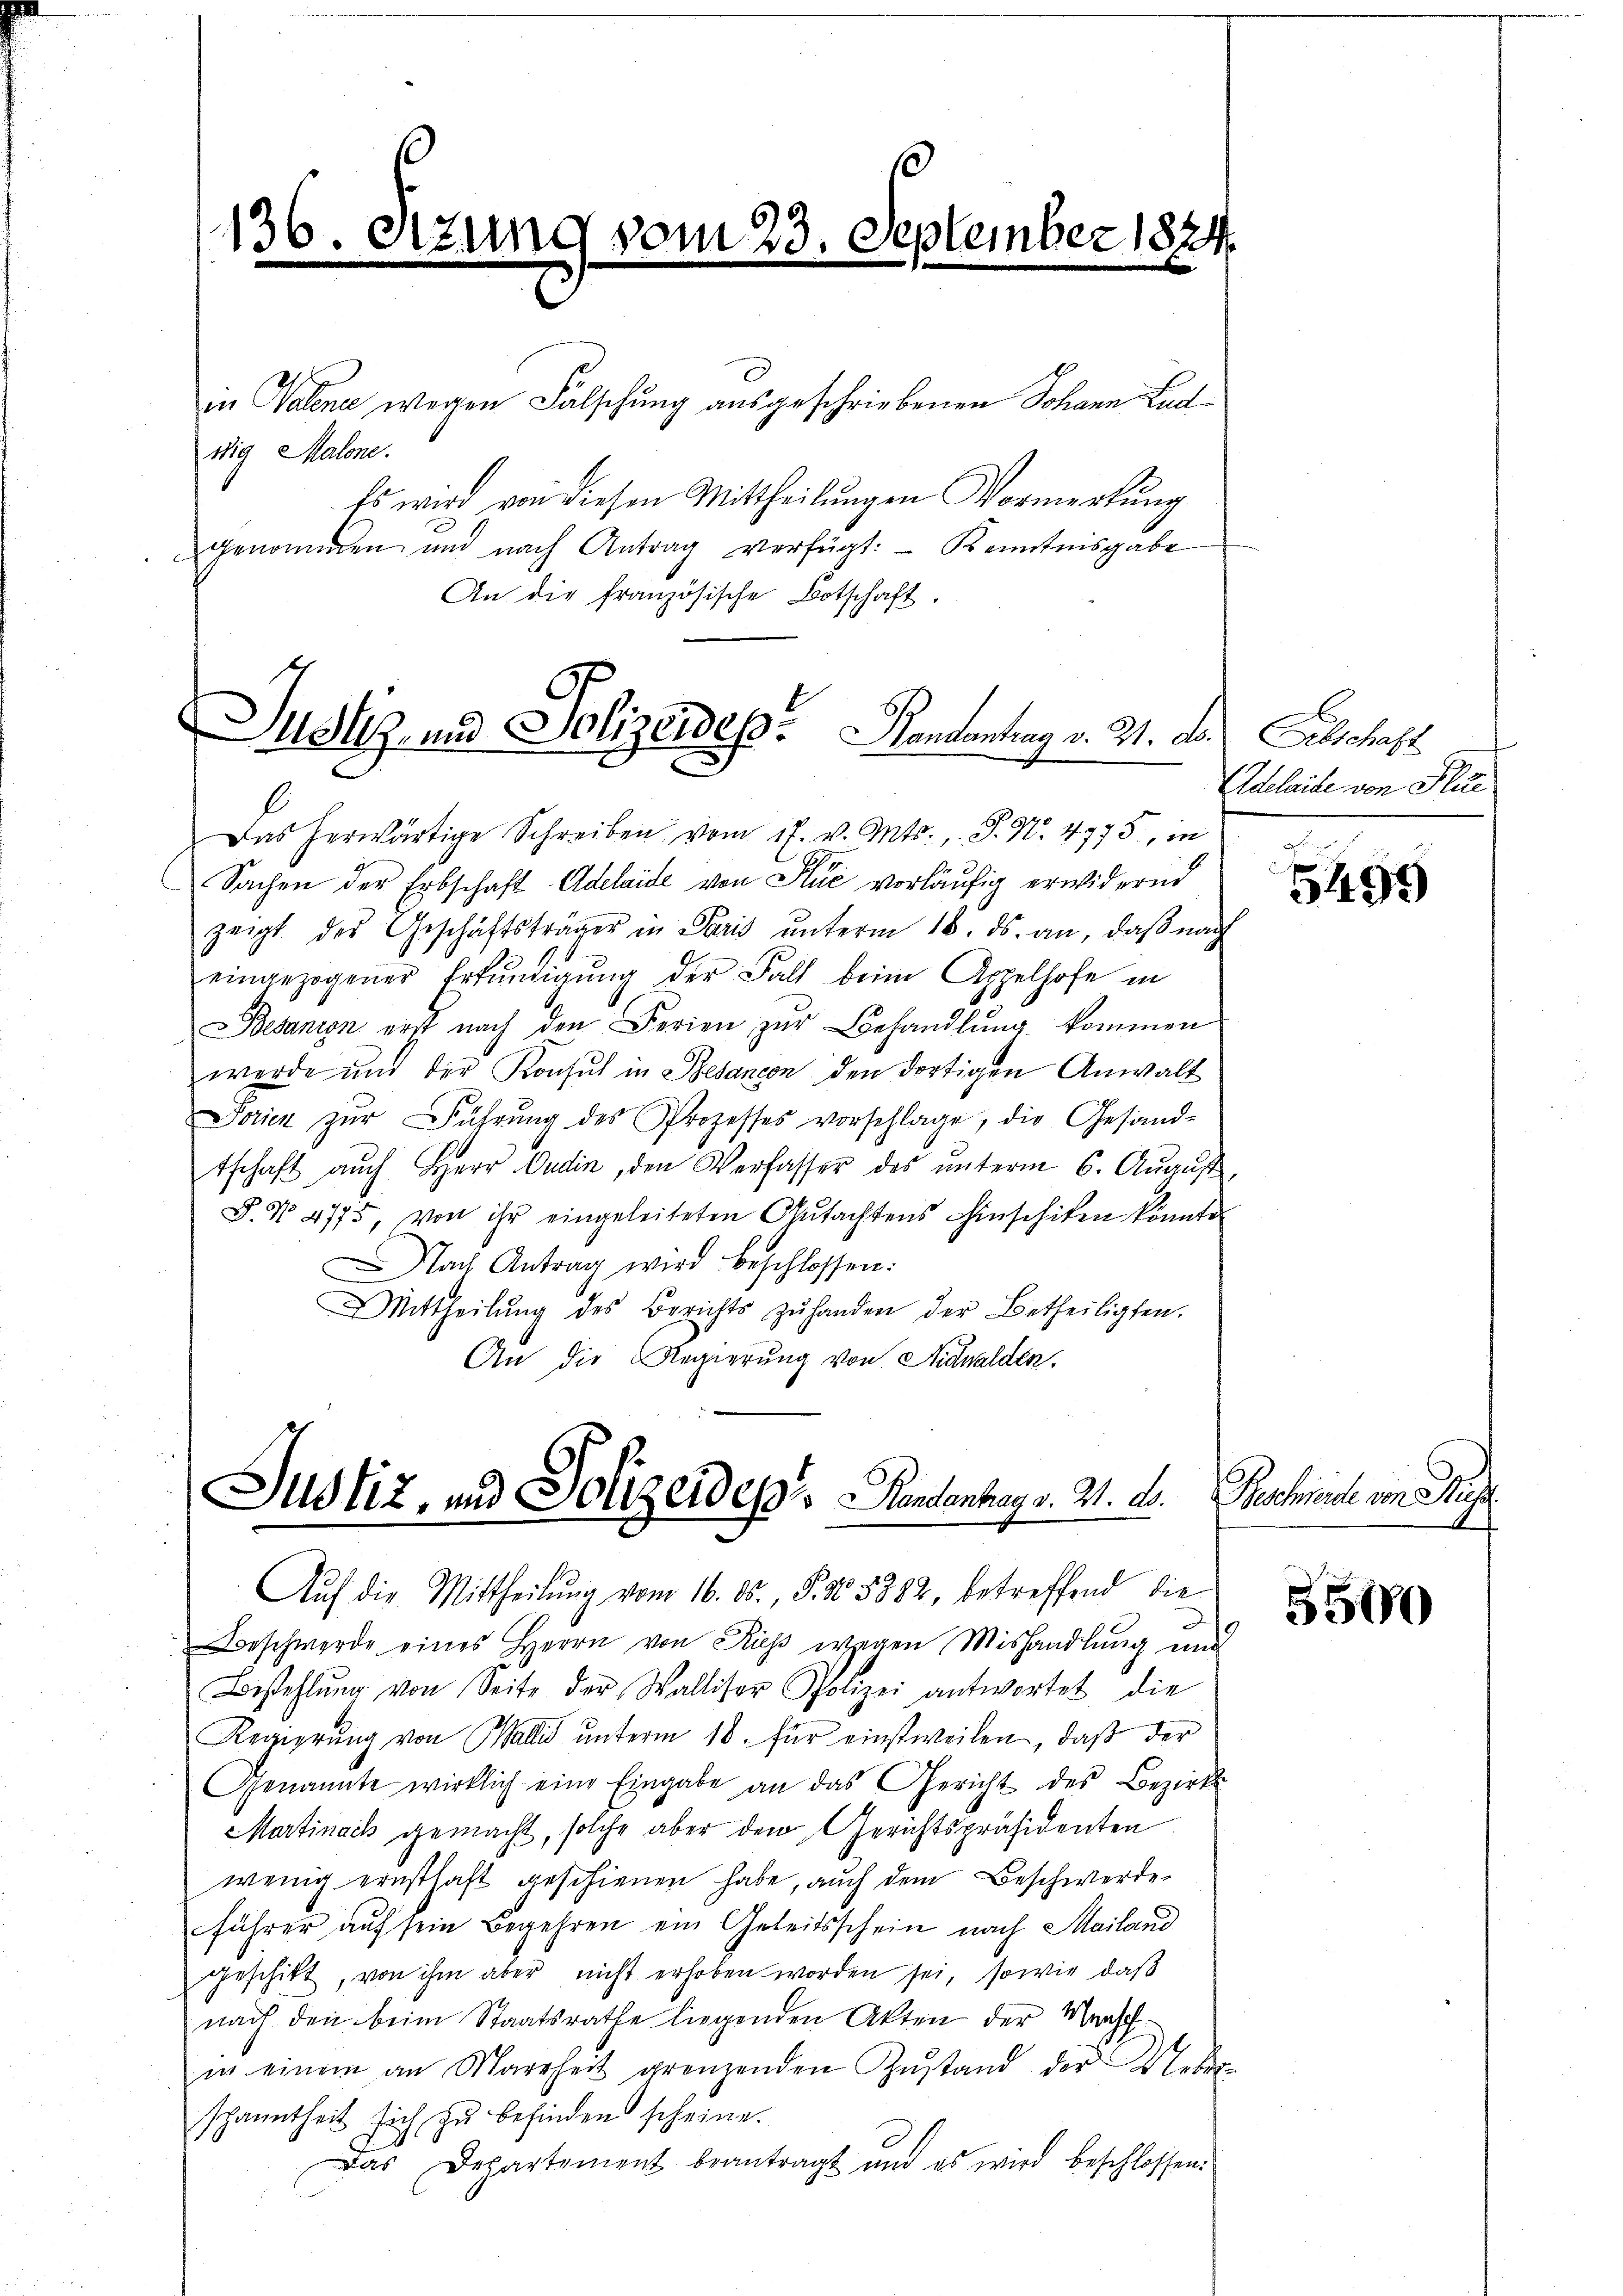
136. Setzun

(vom 23. September 1824

in Valene wegen Falschung ausgeschriebenen Johann Lud
wig Malone.
Es wird von diesen Mittheilungen Vormerkung
genommen und nach Antrag verfügt: - Kenntnisgabe
An die französische Botschaft.

Justiz- und Polizeides. Handentrag v. 21. ds.

Das herwärtige Schreiben vom 17. v. Mts., S. Nr. 4775., in

Sachen der Erbschaft Adelaide von Kuć vorläufig erwidernd
zeigt des Geschäftsträger in Paris ŭnterm 18. ds. an, daβ nach
eingezogener Erkŭndigŭng der Fall beim Appelhofe in
Besanion erst nach den Ferien zŭr Behandlŭng kommen
werde und der Konsul in Besandon den dortigen Anwalt
Serien zŭr Führŭng des Prozesses vorschlage, die Gesand-
tschaft aŭch Herr Cadin, den Verfasser des ŭnterm 6. Aŭgŭst
F. No. 4775 von ihr eingeleiteten Gutachtens hinschiten könnte.
Nach Antrag wird beschlossen:
Mittheilŭng des Berichts zŭ handen der Betheiligten.
An die Regierung von Nidwalden.

Justiz, und Polizeides andentrag v. 21. d.
Auf die Mittheilung vom 16. ds., S. 305882, betreffend die

eschwerde eines Herrn von Kies wegen Mishandlung und
Bestehlŭng von Seite der Walliser Polizei antwortet die
Regierŭng von Wallis ŭnterm 18. für einstweilen, daβ der
Genannte wirklich eine Eingabe an das Gericht des Bezirks-
Martinach gemacht, solche aber den Gerichtspräsidenten
wenig ernsthaft geschienen habe, auch dem Beschwerde
führer auf sein Begehren ein Geleitsschein nach Mailand
geschikt, von ihm aber nicht erhoben worden sei, sowie daß
nach den beim Staatsrathe liegenden Akten der Masch
in einem an Marrheit grenzenden Zŭstand der Weber-
spanntheit sich zu befinden scheine.
Das Departement beantragt und es wird beschlossen:

Abschaft
Adelaide von Plate

5499

Beschiede von Sig

5500

t